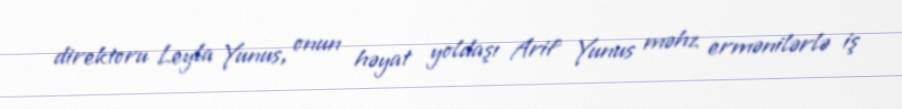
direktoru Leyla Yunus, onun həyat yoldaşı Arif Yunus məhz ermənilərlə iş